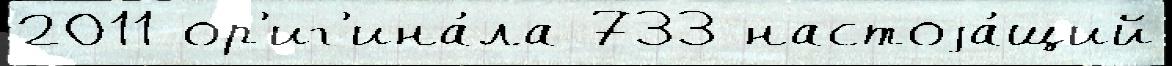
2011 ор'иг'ина́ла 733 настоjа́щий